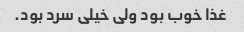
غذا خوب بود ولی خیلی سرد بود.